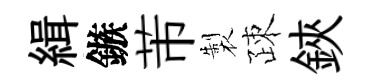
緝鏃芾製疎鋏